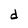
Character: d